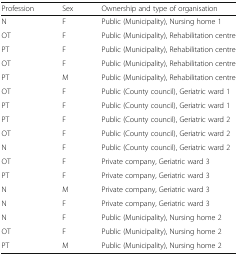
<table><thead><tr><td><b>Profession</b></td><td><b>Sex</b></td><td><b>Ownership and type of organisation</b></td></tr></thead><tbody><tr><td>N</td><td>F</td><td>Public (Municipality), Nursing home 1</td></tr><tr><td>OT</td><td>F</td><td>Public (Municipality), Rehabilitation centre</td></tr><tr><td>PT</td><td>F</td><td>Public (Municipality), Rehabilitation centre</td></tr><tr><td>OT</td><td>F</td><td>Public (Municipality), Rehabilitation centre</td></tr><tr><td>PT</td><td>M</td><td>Public (Municipality), Rehabilitation centre</td></tr><tr><td>OT</td><td>F</td><td>Public (County council), Geriatric ward 1</td></tr><tr><td>PT</td><td>F</td><td>Public (County council), Geriatric ward 1</td></tr><tr><td>PT</td><td>F</td><td>Public (County council), Geriatric ward 2</td></tr><tr><td>OT</td><td>F</td><td>Public (County council), Geriatric ward 2</td></tr><tr><td>N</td><td>F</td><td>Public (County council), Geriatric ward 2</td></tr><tr><td>OT</td><td>F</td><td>Private company, Geriatric ward 3</td></tr><tr><td>PT</td><td>F</td><td>Private company, Geriatric ward 3</td></tr><tr><td>N</td><td>M</td><td>Private company, Geriatric ward 3</td></tr><tr><td>N</td><td>F</td><td>Private company, Geriatric ward 3</td></tr><tr><td>N</td><td>F</td><td>Public (Municipality), Nursing home 2</td></tr><tr><td>OT</td><td>F</td><td>Public (Municipality), Nursing home 2</td></tr><tr><td>PT</td><td>M</td><td>Public (Municipality), Nursing home 2</td></tr></tbody></table>